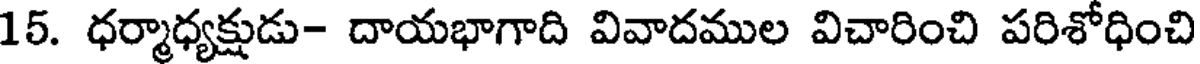
15. ధర్మాధ్యక్షుడు- దాయభాగాది వివాదముల విచారించి పరిశోధించి